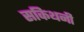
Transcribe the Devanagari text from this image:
सकिथनी